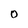
Character: 0